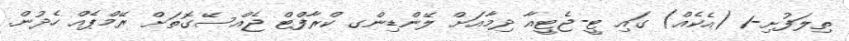
ތިލަފުށި-1 (އެކެއް) ގައި ޓީ-ޖެޓީއާ ދިމާއަށް ލޭންޑިންގ ކްރާފްޓް ޖެއްސޭގޮތަށް ރޭމްޕެއް ހެދުން.